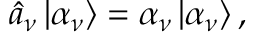
\hat { a } _ { \nu } \left| \alpha _ { \nu } \right> = \alpha _ { \nu } \left| \alpha _ { \nu } \right> ,